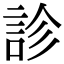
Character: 診